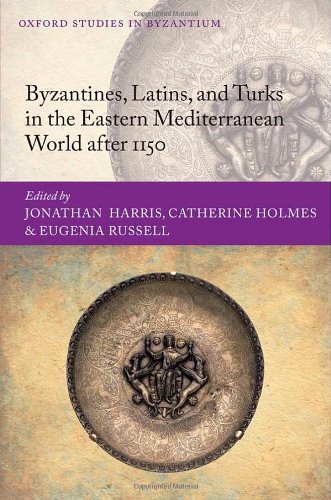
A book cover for Byzantines, Latins, and Turks in the Eastern Mediterranean World after 1150 (Oxford Studies in Byzantium); History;